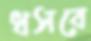
ধসবে